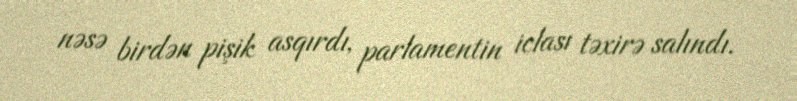
nəsə birdən pişik asqırdı, parlamentin iclası təxirə salındı.